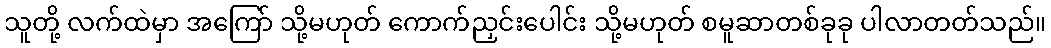
သူတို့ လက်ထဲမှာ အကြော် သို့မဟုတ် ကောက်ညှင်းပေါင်း သို့မဟုတ် စမူဆာတစ်ခုခု ပါလာတတ်သည်။